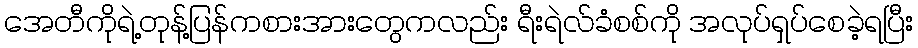
အေတီကိုရဲ့တုန့်ပြန်ကစားအားတွေကလည်း ရီးရဲလ်ခံစစ်ကို အလုပ်ရှပ်စေခဲ့ရပြီး